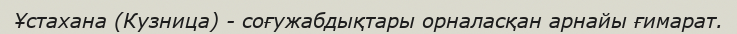
Ұстахана (Кузница) - соғужабдықтары орналасқан арнайы ғимарат.